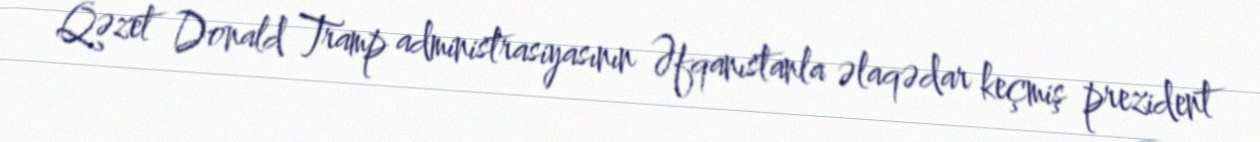
Qəzet Donald Tramp administrasiyasının Əfqanıstanla əlaqədar keçmiş prezident